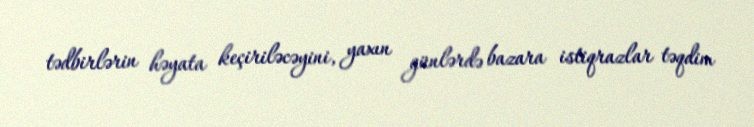
tədbirlərin həyata keçiriləcəyini, yaxın günlərdə bazara istiqrazlar təqdim